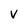
Character: V